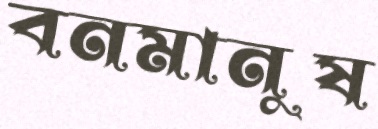
বনমানুষ